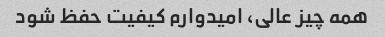
همه چیز عالی، امیدوارم کیفیت حفظ شود